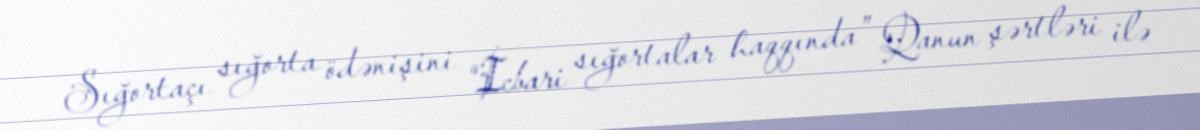
Sığortaçı sığorta ödənişini “İcbari sığortalar haqqında” Qanun şərtləri ilə